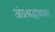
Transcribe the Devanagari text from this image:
अंधश्रद्धांबाबत